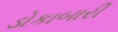
ડોકાબારી